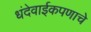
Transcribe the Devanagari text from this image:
धंदेवाईकपणाचे